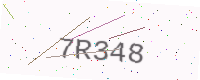
Text: 7R348